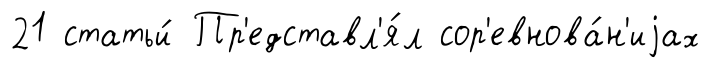
21 статьи́ Пр'едставл'я́л сор'евнова́н'иjах